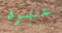
عبره